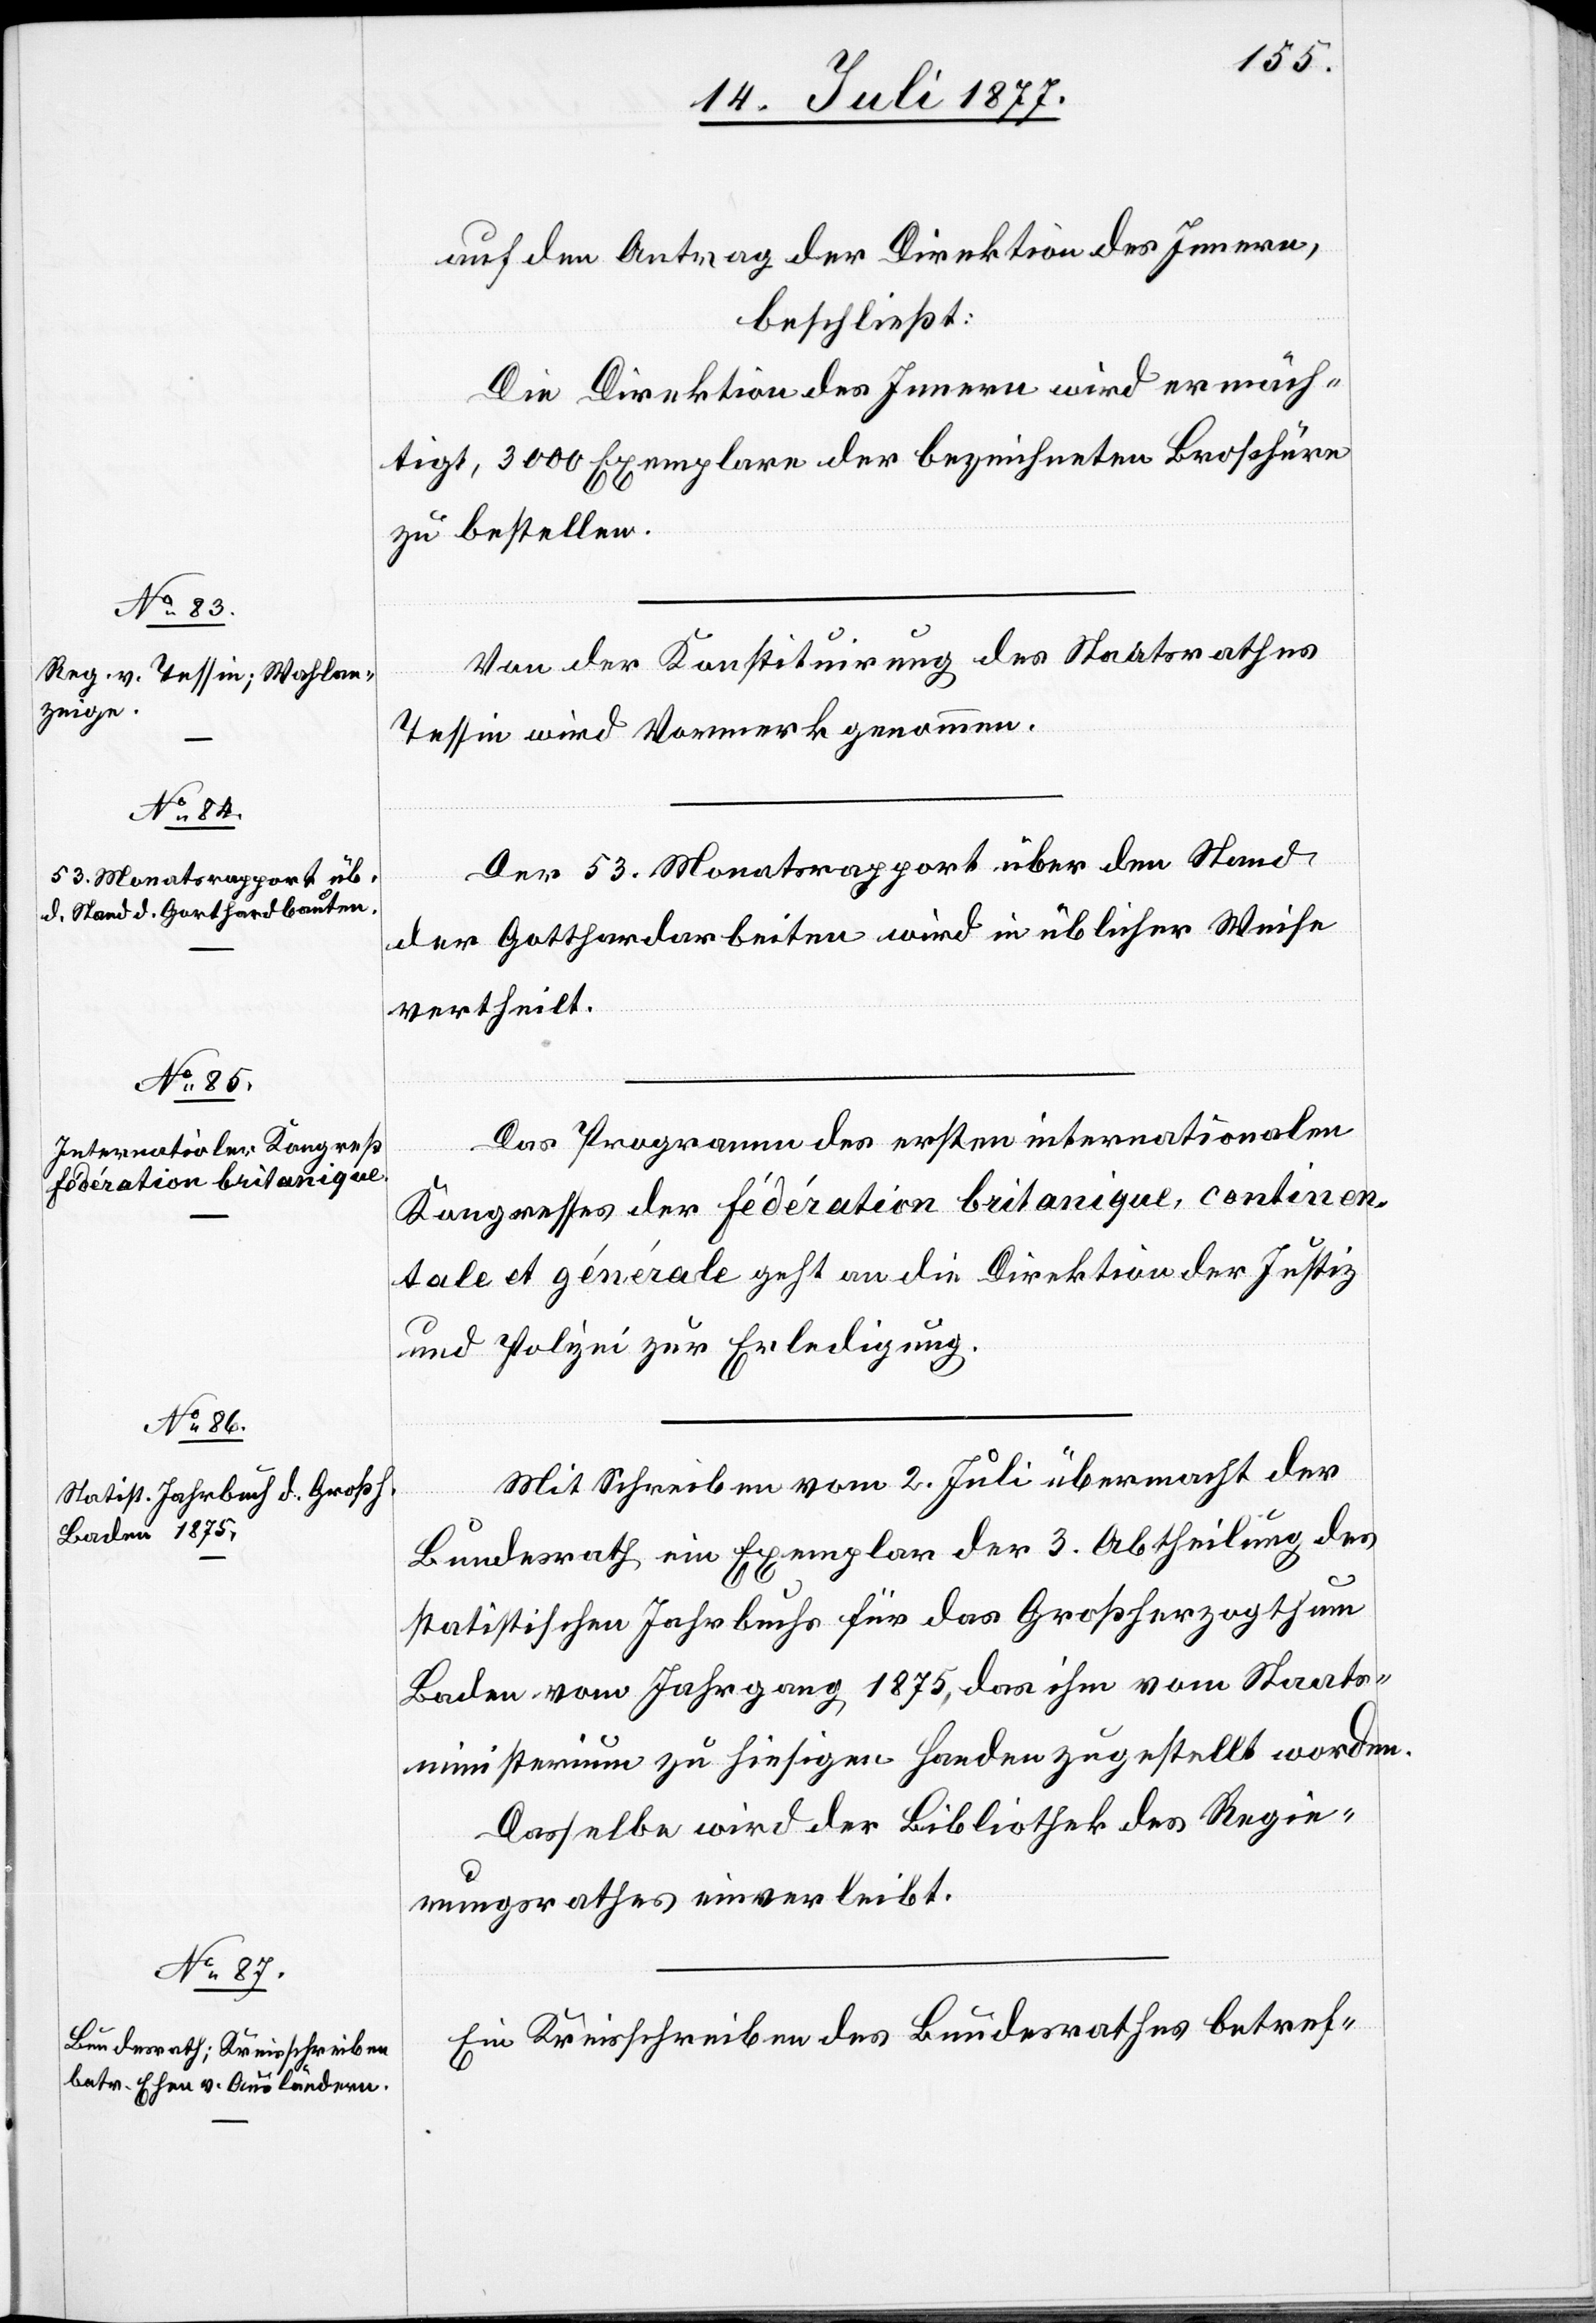
auf den Antrag der Direktion des Innern,
beschließt:
Die Direktion des Innern wird ermäch¬
tigt, 3000 Exemplare der bezeichneten Broschüre
zu bestellen.
Von der Konstituirung des Staatsrathes
Tessin wird Vormerk genommen.
Der 53. Monatsrapport über den Stand
der Gotthardarbeiten wird in üblicher Weise
vertheilt.
Das Programm des ersten internationalen
Kongresses der Fédération britanique, continen¬
tale et générale geht an die Direktion der Justiz
und Polizei zur Erledigung.
Mit Schreiben vom 2. Juli übermacht der
Bundesrath ein Exemplar der 3. Abtheilung des
statistischen Jahrbuchs für das Großherzogthum
Baden vom Jahrgang 1875, das ihm vom Staats¬
ministerium zu hiesigen Handen zugestellt worden.
Dasselbe wird der Bibliothek des Regie¬
rungsrathes einverleibt.
Ein Kreisschreiben des Bundesrathes betref-